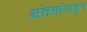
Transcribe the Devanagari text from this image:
अंतर्भागातून